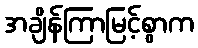
အချိန်ကြာမြင့်စွာက